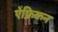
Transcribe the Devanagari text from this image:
ऐफ्रिकन